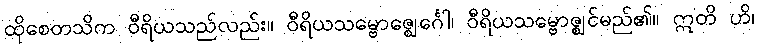
ထိုစေတသိက ဝီရိယသည်လည်း။ ဝီရိယသမ္ဗောဇ္ဈေင်္ဂေါ၊ ဝီရိယသမ္ဗောဇ္ဈင်မည်၏။ ဣတိ ဟိ၊